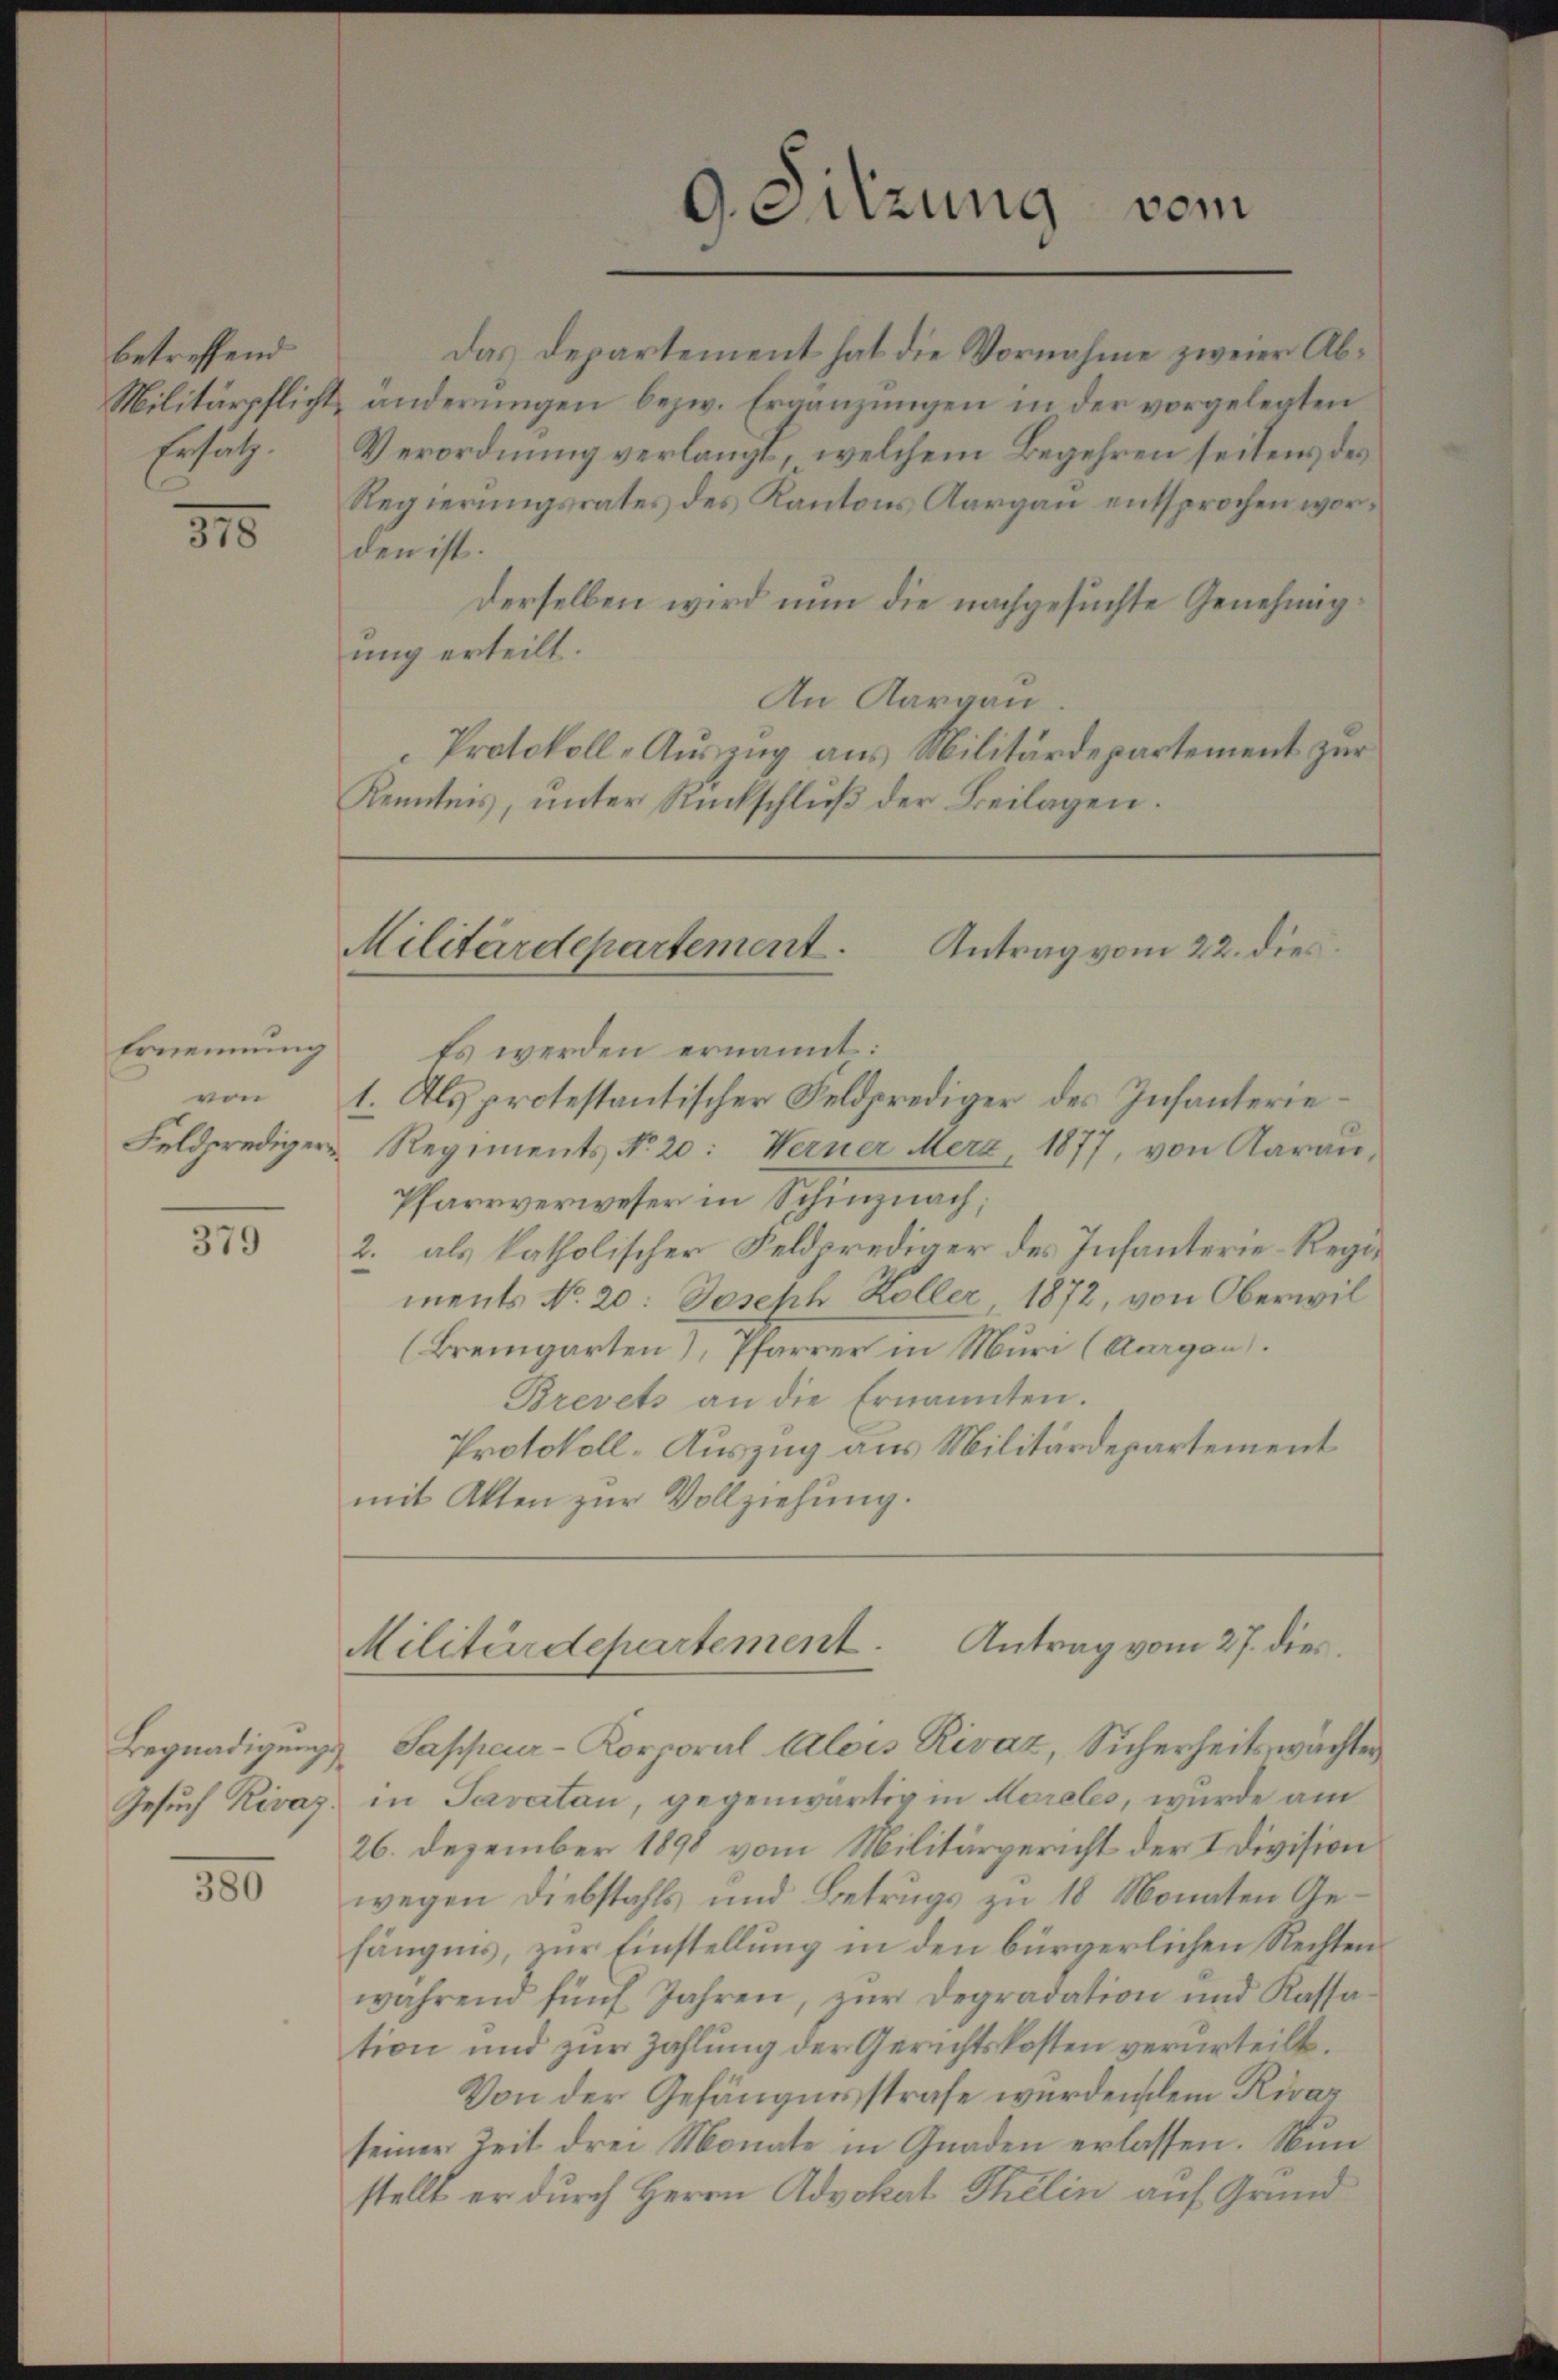
betreffend
Ersätz

315

379

Gesuch Rivaz

300

Das Departement hat die Vornahme zweier Ab¬
Militärpflicht änderungen bezw. Ergänzungen in der vorgelegten
Verordnung verlangt, welchem Begehren seitens des
Regierungsrates des Kantons Aargau entsprochen worden ist.
Derselben wird nun die nachgesuchte Genehmigung erteilt.
An Aargau.
Protokoll-Aŭszŭg aŭs Militärdepartement zŭr
Kenntnis, unter Rückschluß der Beilagen.

Ernennung Es werden ernannt:
von 1. Als protestantischer Feldprediger des Infanterie¬
Feldprediger Regiments No. 20: Werner Merz 1877, von Aarau
Pfarrverweser in Schinznach;
2. als katholischer Feldprediger des Infanterie-Regiments No 20: Joseph Koller, 1872, von Oberwil
(Bremgarten), Pfarrer in Muri (Aargau).
Brevets an die Ernannten.
Protokoll-Auszug aus Militärdepartement
mit Akten zur Vollziehung.

9. Sitzung vom

Militärdepartement.
Antrag vom 22. dies

Antrag vom 27. dies
Militärdepartement.

Begnadigungs Sappeur-Korporal Alois Rivaz, Sicherheitswächter
in Paratan, gegenwärtig in Moreles, wurde am
26. Dezember 1898 vom Militärgericht der I division
wegen Diebstahls und Betrugs zu 18 Monaten Gefängnis, zur Einstellung in den bürgerlichen Rechten
während fünf Jahren, zur Degradation und Kassation und zur Zahlung der Gerichtskosten verurteilt.
Von der Gefängnisstrafe wurden dem Rivar
seiner Zeit drei Monate in Gnaden erlassen. Nun
stellt er durch Herrn Advokat Thelin auf Grund